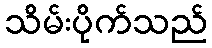
သိမ်းပိုက်သည်